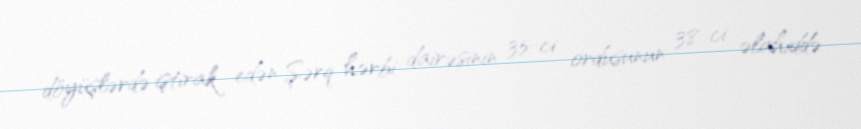
döyüşlərdə iştirak edən Şərq hərbi dairəsinin 35-ci ordusunun 38-ci əlahiddə